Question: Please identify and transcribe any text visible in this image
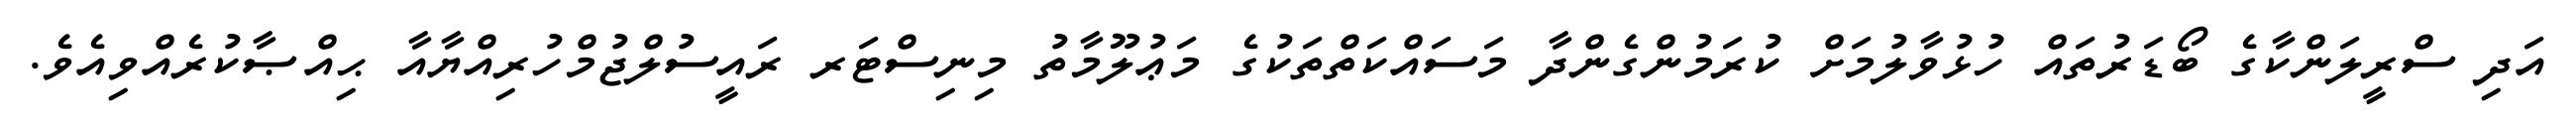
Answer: އަދި ސްރީލަންކާގެ ބޯޑަރުތައް ހުޅުވާލުމަށް ކުރަމުންގެންދާ މަސައްކަތްތަކުގެ މަޢުލޫމާތު މިނިސްޓަރ ރައީސުލްޖުމްހުރިއްޔާއާ ޙިއްޞާކުރެއްވިއެވެ.